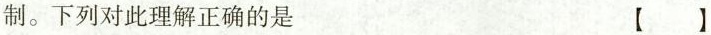
制。下列对此理解正确的是【 】